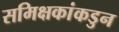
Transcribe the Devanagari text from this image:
समिक्षकांकडुन